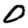
Digit: 0